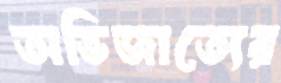
অভিজাত্যের